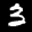
Label: 3